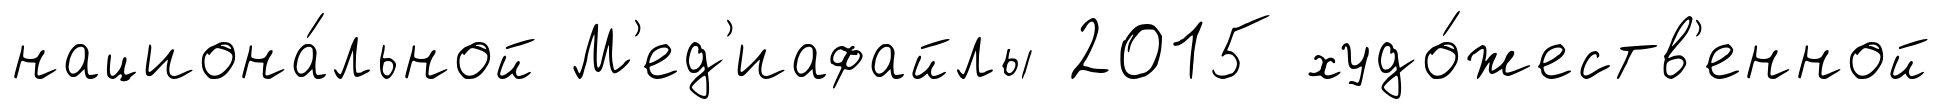
национа́льной М'ед'иафайлы 2015 худо́жеств'енной